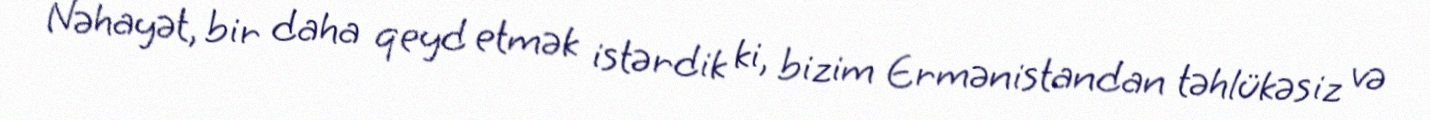
Nəhayət, bir daha qeyd etmək istərdik ki, bizim Ermənistandan təhlükəsiz və